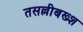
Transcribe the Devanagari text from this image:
तसल्लीबख्श